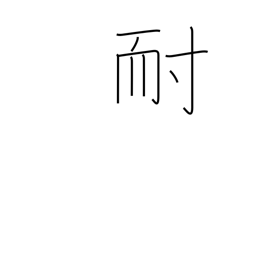
Meaning: enduring